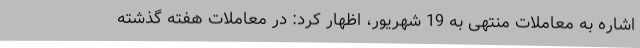
اشاره به معاملات منتهی به 19 شهریور، اظهار کرد: در معاملات هفته گذشته